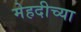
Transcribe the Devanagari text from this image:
मेहदीच्या